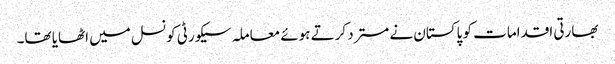
بھارتی اقدامات کو پاکستان نے مسترد کرتے ہوئے معاملہ سیکورٹی کونسل میں اٹھایا تھا۔